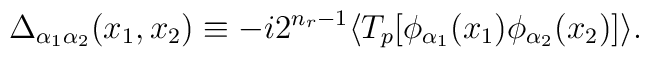
\Delta_{\alpha_1\alpha_2}(x_1,x_2) \equiv -i 2^{n_r-1}   \langle T_p[\phi_{\alpha_1}(x_1)\phi_{\alpha_2}(x_2)]\rangle .